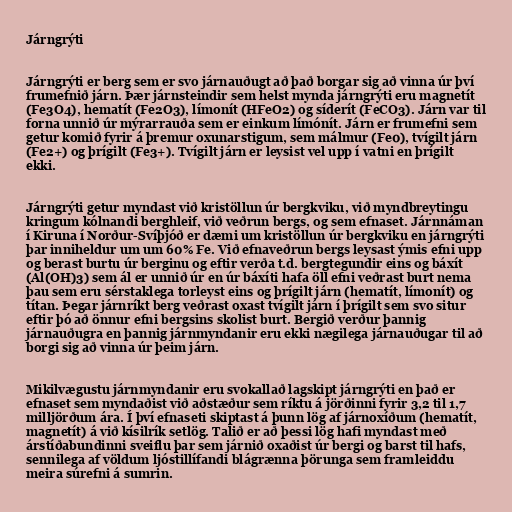
Járngrýti

Járngrýti er berg sem er svo járnauðugt að það borgar sig að vinna úr því
frumefnið járn. Þær járnsteindir sem helst mynda járngrýti eru magnetít
(Fe3O4), hematít (Fe2O3), límonít (HFeO2) og síderít (FeCO3). Járn var til
forna unnið úr mýrarrauða sem er einkum límónít. Járn er frumefni sem
getur komið fyrir á þremur oxunarstigum, sem málmur (Fe0), tvígilt járn
(Fe2+) og þrígilt (Fe3+). Tvígilt járn er leysist vel upp í vatni en þrígilt
ekki.

Járngrýti getur myndast við kristöllun úr bergkviku, við myndbreytingu
kringum kólnandi berghleif, við veðrun bergs, og sem efnaset. Járnnáman
í Kiruna í Norður-Svíþjóð er dæmi um kristöllun úr bergkviku en járngrýti
þar inniheldur um um 60% Fe. Við efnaveðrun bergs leysast ýmis efni upp
og berast burtu úr berginu og eftir verða t.d. bergtegundir eins og báxít
(Al(OH)3) sem ál er unnið úr en úr báxíti hafa öll efni veðrast burt nema
þau sem eru sérstaklega torleyst eins og þrígilt járn (hematít, límonít) og
títan. Þegar járnríkt berg veðrast oxast tvígilt járn í þrígilt sem svo situr
eftir þó að önnur efni bergsins skolist burt. Bergið verður þannig
járnauðugra en þannig járnmyndanir eru ekki nægilega járnauðugar til að
borgi sig að vinna úr þeim járn.

Mikilvægustu járnmyndanir eru svokallað lagskipt járngrýti en það er
efnaset sem myndaðist við aðstæður sem ríktu á jörðinni fyrir 3,2 til 1,7
milljörðum ára. Í því efnaseti skiptast á þunn lög af járnoxíðum (hematít,
magnetít) á við kísilrík setlög. Talið er að þessi lög hafi myndast með
árstíðabundinni sveiflu þar sem járnið oxaðist úr bergi og barst til hafs,
sennilega af völdum ljóstillífandi blágrænna þörunga sem framleiddu
meira súrefni á sumrin.